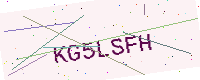
Text: KG5LSFH